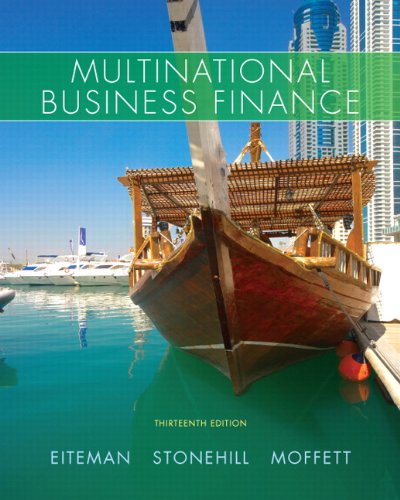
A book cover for Multinational Business Finance (13th Edition) (Pearson Series in Finance); David K. Eiteman; Business & Money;